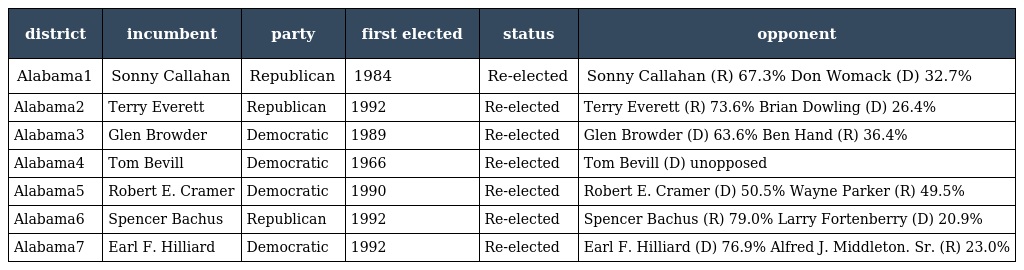
| district | incumbent | party | first elected | status | opponent |
 | --- | --- | --- | --- | --- | --- |
 | Alabama1 | Sonny Callahan | Republican | 1984 | Re-elected | Sonny Callahan (R) 67.3% Don Womack (D) 32.7% |
 | Alabama2 | Terry Everett | Republican | 1992 | Re-elected | Terry Everett (R) 73.6% Brian Dowling (D) 26.4% |
 | Alabama3 | Glen Browder | Democratic | 1989 | Re-elected | Glen Browder (D) 63.6% Ben Hand (R) 36.4% |
 | Alabama4 | Tom Bevill | Democratic | 1966 | Re-elected | Tom Bevill (D) unopposed |
 | Alabama5 | Robert E. Cramer | Democratic | 1990 | Re-elected | Robert E. Cramer (D) 50.5% Wayne Parker (R) 49.5% |
 | Alabama6 | Spencer Bachus | Republican | 1992 | Re-elected | Spencer Bachus (R) 79.0% Larry Fortenberry (D) 20.9% |
 | Alabama7 | Earl F. Hilliard | Democratic | 1992 | Re-elected | Earl F. Hilliard (D) 76.9% Alfred J. Middleton. Sr. (R) 23.0% |